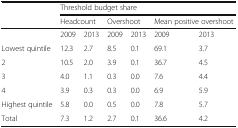
<table><thead><tr><td></td><td colspan="6"><b>Threshold budget share</b></td></tr><tr><td></td><td colspan="2"><b>Headcount</b></td><td colspan="2"><b>Overshoot</b></td><td colspan="2"><b>Mean positive overshoot</b></td></tr></thead><tbody><tr><td></td><td>2009</td><td>2013</td><td>2009</td><td>2013</td><td>2009</td><td>2013</td></tr><tr><td>Lowest quintile</td><td>12.3</td><td>2.7</td><td>8.5</td><td>0.1</td><td>69.1</td><td>3.7</td></tr><tr><td>2</td><td>10.5</td><td>2.0</td><td>3.9</td><td>0.1</td><td>36.7</td><td>4.5</td></tr><tr><td>3</td><td>4.0</td><td>1.1</td><td>0.3</td><td>0.0</td><td>7.6</td><td>4.4</td></tr><tr><td>4</td><td>3.9</td><td>0.3</td><td>0.3</td><td>0.0</td><td>6.9</td><td>5.9</td></tr><tr><td>Highest quintile</td><td>5.8</td><td>0.0</td><td>0.5</td><td>0.0</td><td>7.8</td><td>5.7</td></tr><tr><td>Total</td><td>7.3</td><td>1.2</td><td>2.7</td><td>0.1</td><td>36.6</td><td>4.2</td></tr></tbody></table>